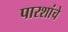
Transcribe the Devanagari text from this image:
पारशांचे